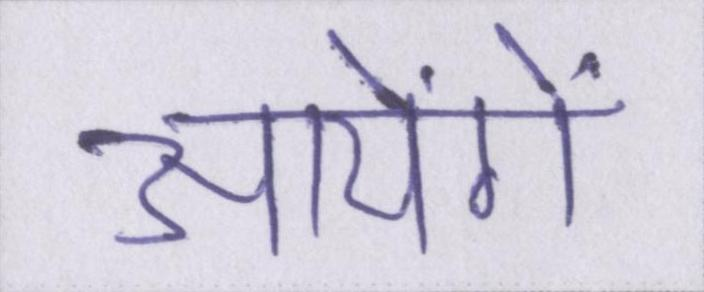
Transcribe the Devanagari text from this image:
आयेंगे